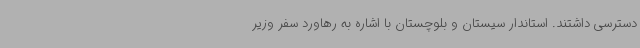
دسترسی داشتند. استاندار سیستان و بلوچستان با اشاره به رهاورد سفر وزیر